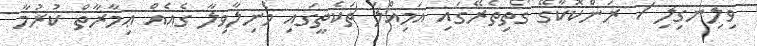
ވިލިނގިލި / ރަންކޮކާގޭ ގޯތިތެރޭގައި އަމިއްލަ ތަކެތީގައި މެނިލާވިލާ ގެއެއް ޢިމާރާތް ކުރުމާ